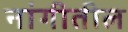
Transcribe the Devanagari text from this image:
नांगीतील